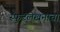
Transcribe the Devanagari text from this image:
स्फुटलेखनाचा